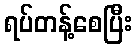
ရပ်တန့်စေပြီး